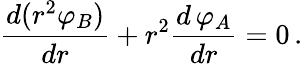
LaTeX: \frac{d(r^{2}{\varphi}_{B})}{dr}+r^{2}\frac{d\, \varphi_{A}}{dr}=0\, .